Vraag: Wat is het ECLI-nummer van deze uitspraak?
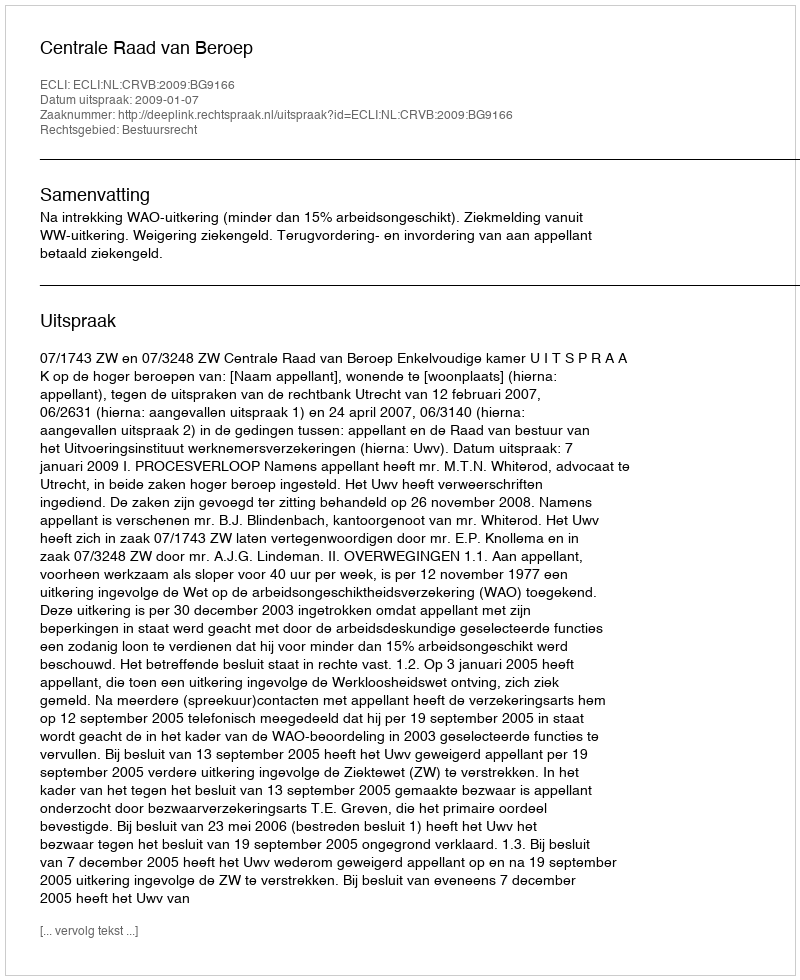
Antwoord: ECLI:NL:CRVB:2009:BG9166